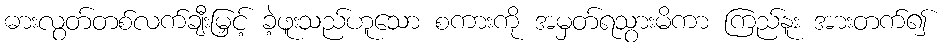
ဓားလွတ်တစ်လက်ချီးမြှင့် ခဲ့ဖူးသည်ဟူသော စကားကို အမှတ်ရသွားမိကာ ကြည်နူး အားတက်၍